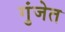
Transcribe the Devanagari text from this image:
गुंजेत